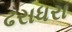
ઢરાધરા